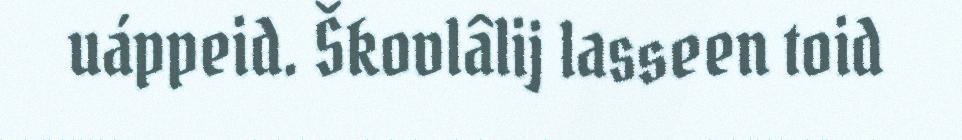
uáppeid. Škovlâlij lasseen toid